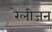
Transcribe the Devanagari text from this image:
रेलीजन